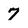
Character: 7